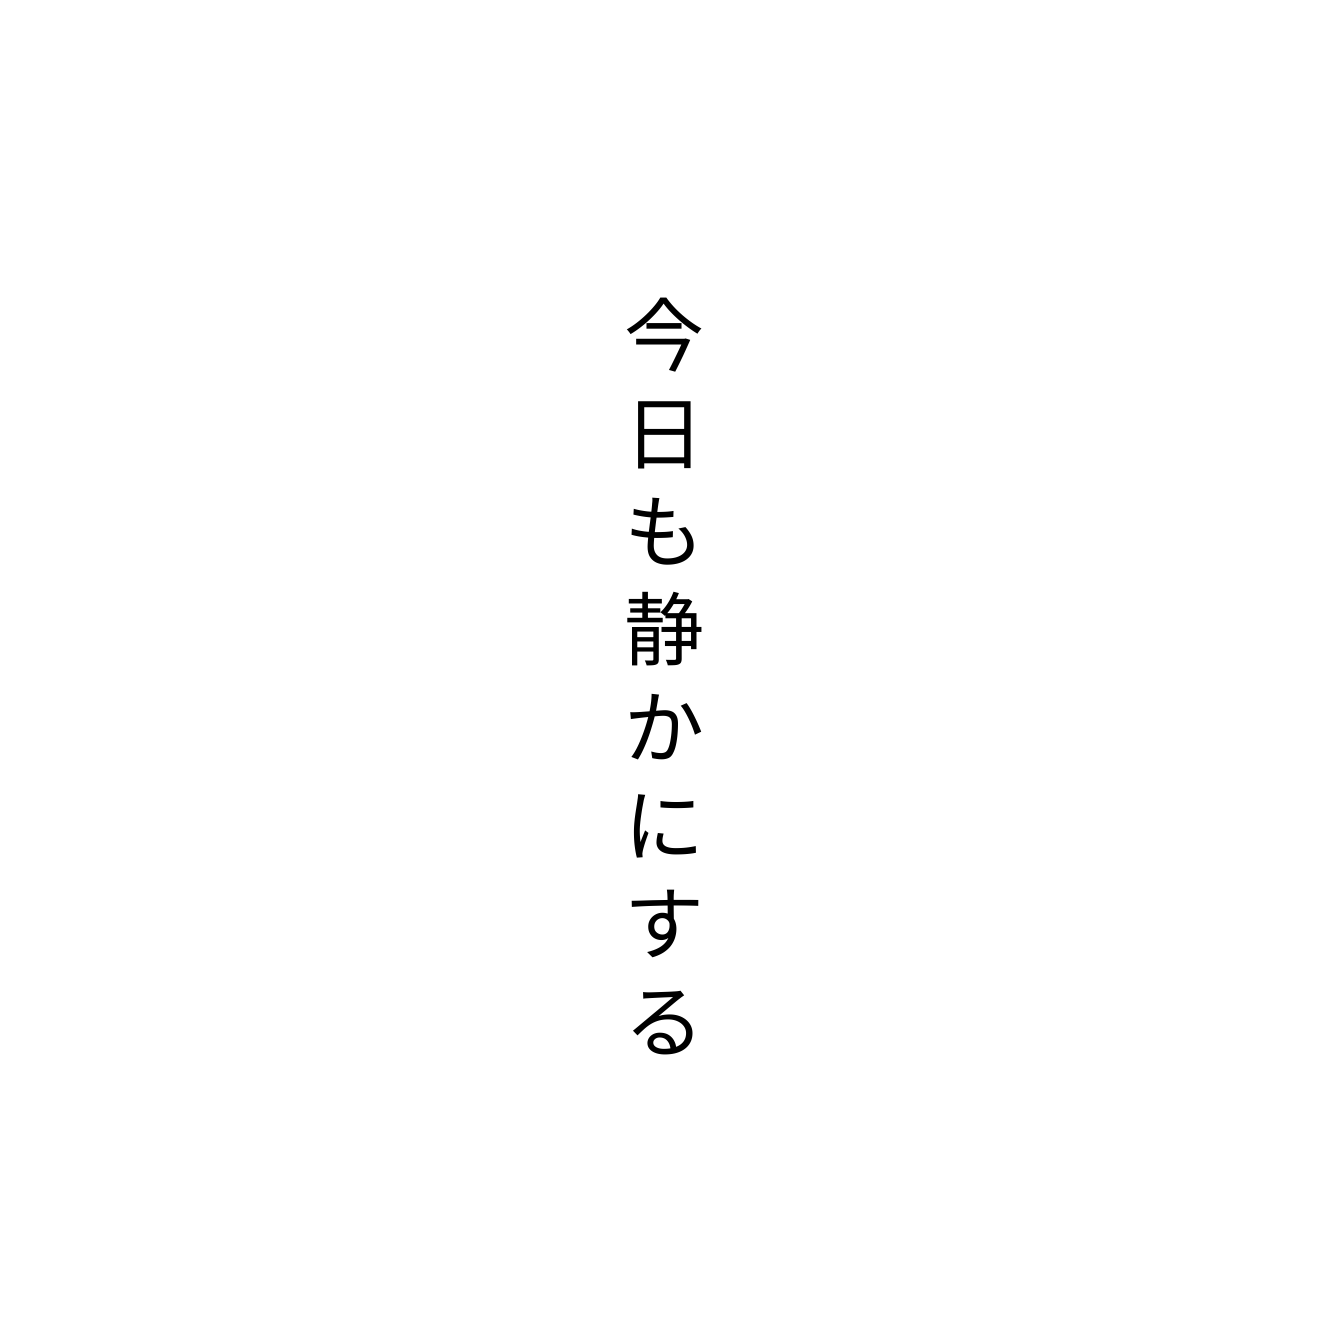
今日も静かにする